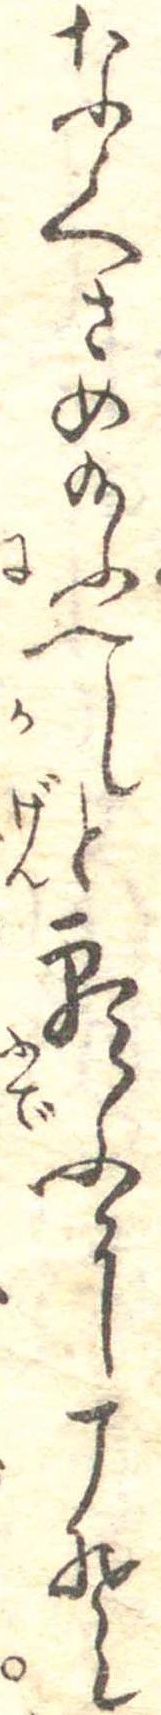
なくさめ玉ふへしと願ふにこそ